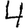
Digit: 4